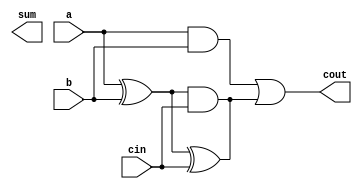
module fa(sum,cout,a,b,cin);
input a,b,cin;
output sum,cout;
xor x1(w0,a,b);
and a1(w1,a,b);
xor x2(w2,w0,cin);
and a2(w2,w0,cin);
or o1(cout,w1,w2);
endmodule

module testbenchforfulladder;
reg a,b,cin;
wire sum,cout;
fa f1(sum,cout,a,b,cin);
initial
begin
a=1'b0; b=1'b0; cin=1'b0;
#5;a=1'b1; b=1'b0; cin=1'b0;
#5;a=1'b0; b=1'b1; cin=1'b1;
#5;a=1'b1; b=1'b1; cin=1'b1;
#5 a=1'b0; b=1'b0; cin=1'b1;
end
endmodule